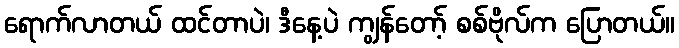
ရောက်လာတယ် ထင်တာပဲ၊ ဒီနေ့ပဲ ကျွန်တော့် စစ်ဗိုလ်က ပြောတယ်။